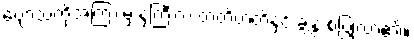
ဗျောသံတို့အကြားမှ နှဲကြီးက တတိတတိနှင့် ချွဲနွဲ့ စပြုလာ၏။